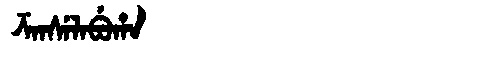
Manchu: ᡯᠠᠨᠰᡝᠯᠠᠪᡠᡥᠠ
Romanization: DZANSELABUHA